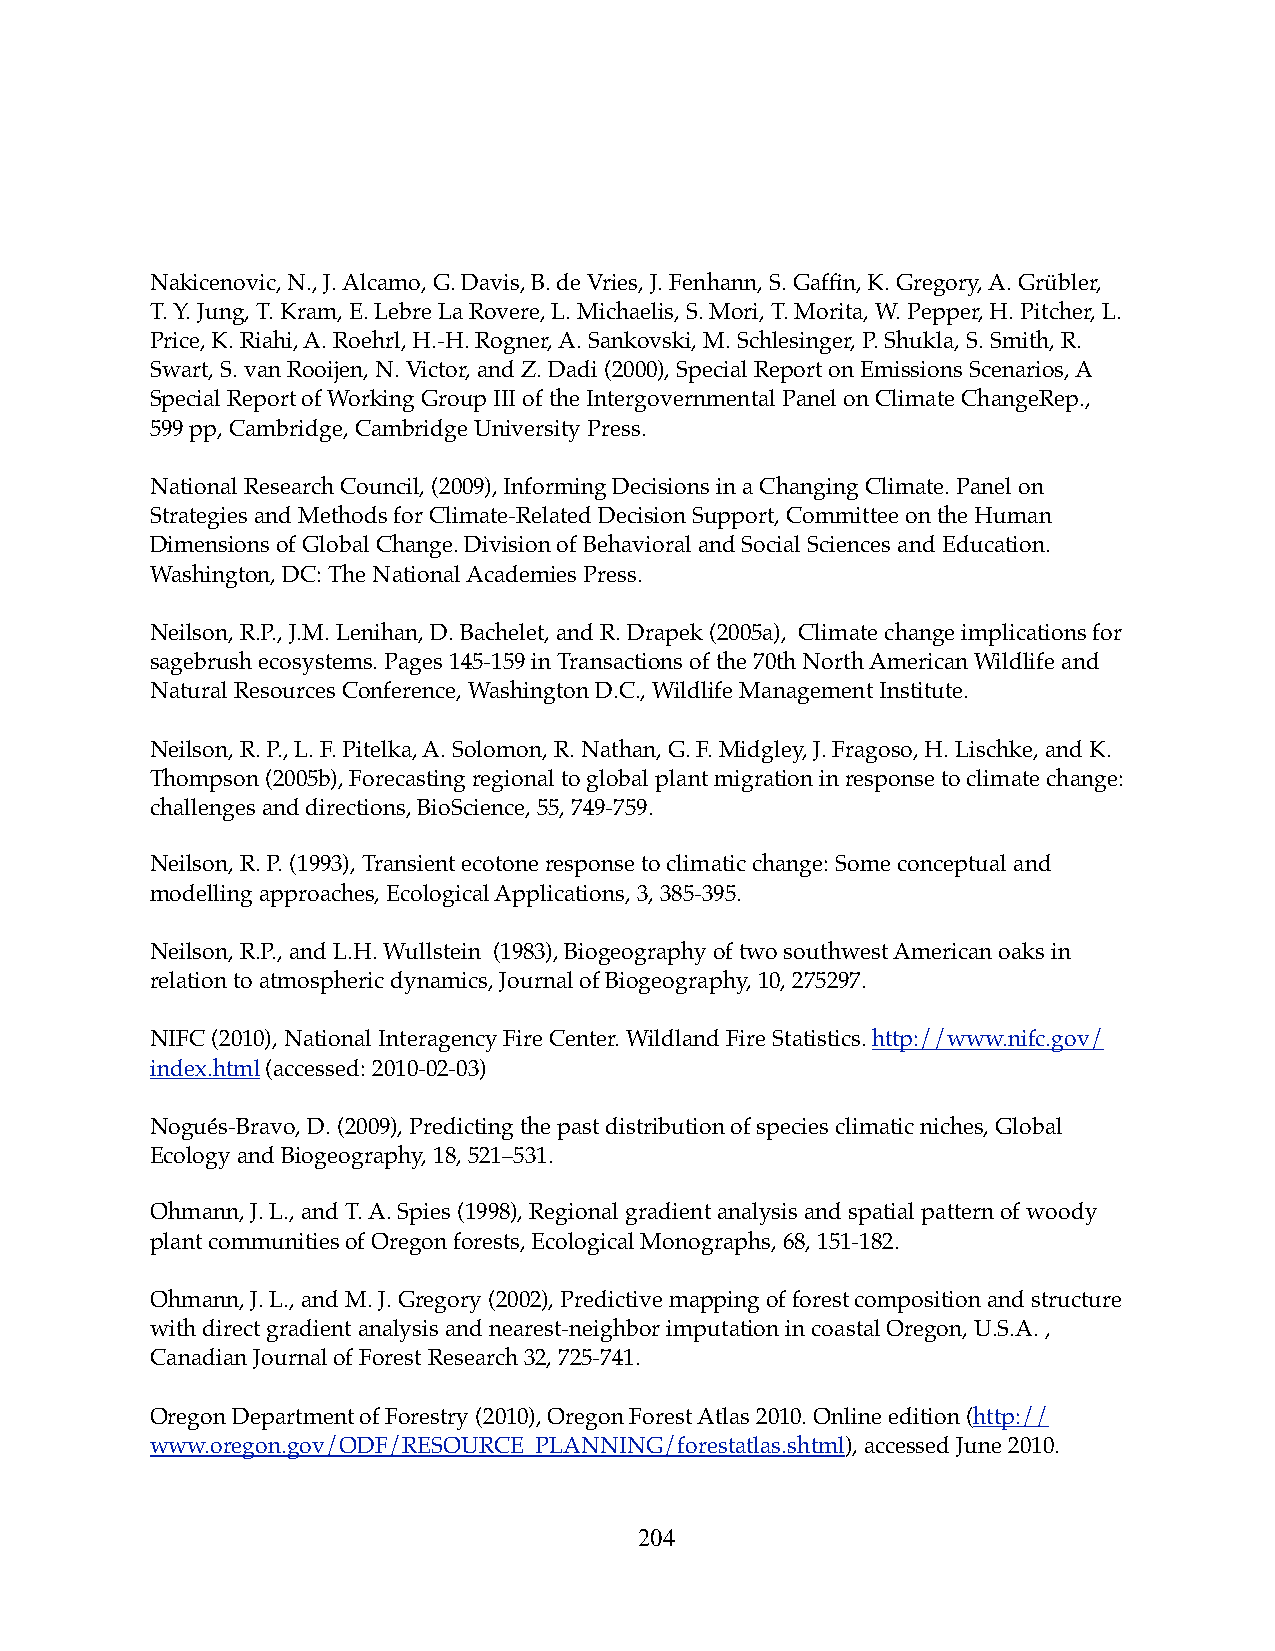
Nakicenovic, N., J. Alcamo, G. Davis, B. de Vries, J. Fenhann, S. Gaffin, K. Gregory, A. Grübler,
 T. Y. Jung, T. Kram, E. Lebre La Rovere, L. Michaelis, S. Mori, T. Morita, W. Pepper, H. Pitcher, L.
 Price, K. Riahi, A. Roehrl, H.-H. Rogner, A. Sankovski, M. Schlesinger, P. Shukla, S. Smith, R.
 Swart, S. van Rooijen, N. Victor, and Z. Dadi (2000), Special Report on Emissions Scenarios, A
 Special Report of Working Group III of the Intergovernmental Panel on Climate ChangeRep.,
 599 pp, Cambridge, Cambridge University Press.
 National Research Council, (2009), Informing Decisions in a Changing Climate. Panel on
 Strategies and Methods for Climate-Related Decision Support, Committee on the Human
 Dimensions of Global Change. Division of Behavioral and Social Sciences and Education.
 Washington, DC: The National Academies Press.
 Neilson, R.P., J.M. Lenihan, D. Bachelet, and R. Drapek (2005a), Climate change implications for
 sagebrush ecosystems. Pages 145-159 in Transactions of the 70th North American Wildlife and
 Natural Resources Conference, Washington D.C., Wildlife Management Institute.
 Neilson, R. P., L. F. Pitelka, A. Solomon, R. Nathan, G. F. Midgley, J. Fragoso, H. Lischke, and K.
 Thompson (2005b), Forecasting regional to global plant migration in response to climate change:
 challenges and directions, BioScience, 55, 749-759.
 Neilson, R. P. (1993), Transient ecotone response to climatic change: Some conceptual and
 modelling approaches, Ecological Applications, 3, 385-395.
 Neilson, R.P., and L.H. Wullstein (1983), Biogeography of two southwest American oaks in
 relation to atmospheric dynamics, Journal of Biogeography, 10, 275297.
 NIFC (2010), National Interagency Fire Center. Wildland Fire Statistics. http://www.nifc.gov/
 index.html (accessed: 2010-02-03)
 Nogués-Bravo, D. (2009), Predicting the past distribution of species climatic niches, Global
 Ecology and Biogeography, 18, 521–531.
 Ohmann, J. L., and T. A. Spies (1998), Regional gradient analysis and spatial pattern of woody
 plant communities of Oregon forests, Ecological Monographs, 68, 151-182.
 Ohmann, J. L., and M. J. Gregory (2002), Predictive mapping of forest composition and structure
 with direct gradient analysis and nearest-neighbor imputation in coastal Oregon, U.S.A. ,
 Canadian Journal of Forest Research 32, 725-741.
 Oregon Department of Forestry (2010), Oregon Forest Atlas 2010. Online edition (http://
 www.oregon.gov/ODF/RESOURCE_PLANNING/forestatlas.shtml), accessed June 2010.
 204